Report on vaccination in Madras 1904-1921 - 1904-1921
Year: 1904
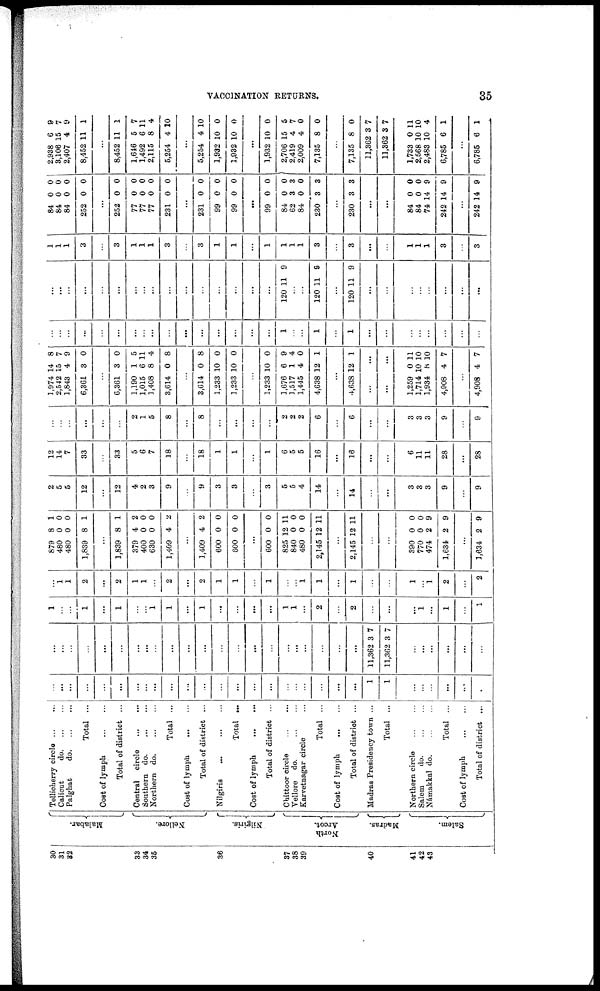
VACCINATION RETURNS.
35
30
31
32
33
34
36
36
37
38
39
40
41
42
43
Malabar.
Nellore.
Nilgiris.
North
Arcot.
Madras.
Salem.
Tellicherry
circle...
...
Calicut
d
o
. ... ...
Palghat
d
o
. ... ...
Total ...
Cost of
lymph...
...
Total of district ...
Central
circle... ...
Southern d
o
. ... ...
Northern
do...
...
Total ...
Cost of
lymph...
...
Total of district ...
Nilgiris
...
Total ...
Cost of
lymph...
...
Total of district ...
Chittoor
circle...
...
Vellore do.
...
...
Karvetnagar circle...
Total ...
Cost of
lymph...
...
Total of district ...
Madras Presidency town ...
Total ...
Northern circle
...
...
Salem
do... ...
Nàmakkal d
o
. ... ...
Total ...
Cost of
lymph...
...
Total of district ...
...
...
...
...
...
...
...
...
...
...
...
...
...
...
...
...
...
...
...
...
...
...
1
1
...
...
...
...
...
...
...
...
...
...
...
...
...
...
...
...
...
...
...
...
...
...
...
...
...
...
...
...
11,362
11,362
3
3
7
7
...
...
...
...
...
...
1
...
...
1
...
1
...
...
1
l
...
1
...
...
...
...
1
l
...
2
...
2
...
...
...
1
...
1
...
1
...
1
1
2
...
2
1
1
...
2
...
2
1
1
...
1
...
...
1
1
...
1
...
...
l
...
1
2
...
2
879
480
480
1,839
8
0
0
8
1
0
0
1
...
1,839
379
400
630
1,409
8
4
0
0
4
1
2
0
0
2
...
1,409
600
600
4
0
0
2
0
0
...
600
825
840
480
2,145
...
2,145
0
12
0
0
12
...
12
0
11
0
0
11
...
11
...
...
390
770
474
1,634
0
0
2
2
0
0
9
9
...
1,634 2 9
2
5
5
12
...
12
4
2
3
9
...
9
3
3
...
3
5
5
4
14
...
14
...
...
3
3
3
9
...
9
12
14
7
33
...
33
5
6
7
18
...
18
1
1
...
1
6
5
5
16
...
16
...
...
6
11
11
28
...
28
...
...
...
...
...
...
2
1
5
8
...
8
...
...
...
...
2
2
2
6
...
6
...
...
3
3
3
9
...
9
1,974
2,542
1,843
6,361
14
15
4
3
8
7
9
0
...
6,361
1,190
1,015
1,408
3,614
3
1
6
8
0
0
5
11
4
8
...
3,614
1,233
1,233
0
10
10
8
0
0
...
1,233
1,676
1,517
1,445
4,638
10
6
1
4
12
0
9
4
0
1
...
4,638 12 1
...
...
1,259
1,714
1,934
4,908
0
10
8
4
11
10
10
7
...
4,908 4 7
...
...
...
...
...
...
...
...
...
...
...
...
...
...
...
...
1
...
...
1
...
1
...
...
...
...
...
...
...
...
...
...
...
...
...
...
...
...
...
...
...
...
...
...
...
...
120 11 9
...
...
120 11 9
...
120 11 9
...
...
...
...
...
...
...
...
1
1
1
3
...
3
1
1
1
3
...
3
1
1
...
1
1
1
1
3
...
3
...
...
1
1
1
3
...
3
84
84
84
252
0
0
0
0
0
0
0
0
...
252
77
77
77
231
0
0
0
0
0
0
0
0
0
0
...
231
99
99
0
0
0
0
0
0
...
99
84
62
84
230
0
0
3
0
3
0
0
3
0
3
...
230 3 3
...
...
84
84
74
242
0
0
14
14
0
0
9
9
...
242 14 9
2,938
3,106
2,407
8,452
6
15
4
11
9
7
9
1
...
8,452
1,646
1,492
2,115
5,254
11
5
6
8
4
1
7
11
4
10
...
5,254
1,932
1,932
4
10
10
10
0
0
...
1,932
2,706
2,419
2,009
7,135
...
7,135
11,362
11,362
1,733
2,568
2,483
6,785
...
6,785
10
15
4
4
8
...
8
3
3
0
10
10
6
...
6
0
5
7
0
0
...
0
7
7
11
10
4
1
...
1